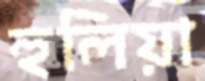
হুলিয়া